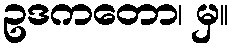
ဥဒကတော၊ မှ။